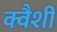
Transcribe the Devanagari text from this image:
क्वैशी